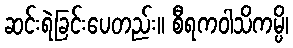
ဆင်းရဲခြင်းပေတည်း။ စီရကဝါသိကမ္ပိ၊